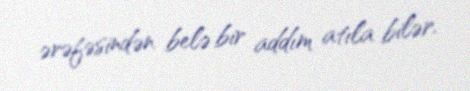
ərəfəsindən belə bir addım atıla bilər.